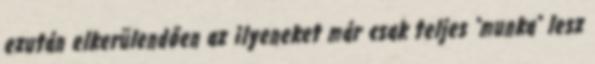
ezután elkerülendően az ilyeneket már csak teljes "munka" lesz